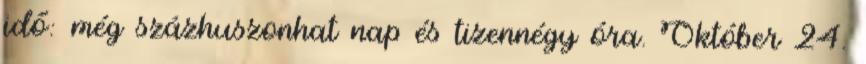
idő: még százhuszonhat nap és tizennégy óra. Október 24.